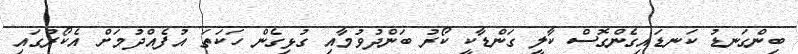
ބިންގަނޑު ކަނޑައިގެންގޮސް ކާލީ ގަންޑާކީ ކޯރު ބަންދުވުމާއި ގުޅިގެން ހަކަތަ އުފެއްދުމަށް އެކޯރުގައި